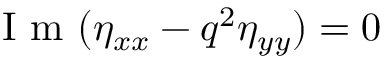
\mathrm { ~ I ~ m ~ } ( \eta _ { x x } - q ^ { 2 } \eta _ { y y } ) = 0